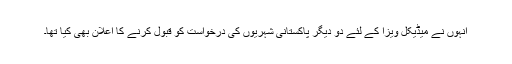
انہوں نے میڈیکل ویزا کے لئے دو دیگر پاکستانی شہریوں کی درخواست کو قبول کرنے کا اعلان بھی کیا تھا۔